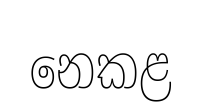
නෙකළ